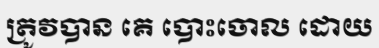
ត្រូវបាន គេ បោះចោល ដោយ